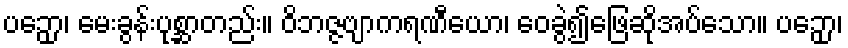
ပဉှော၊ မေးခွန်းပုစ္ဆာတည်း။ ဝိဘဇ္ဇဗျာကရဏီယော၊ ဝေခွဲ၍ဖြေဆိုအပ်သော။ ပဉှော၊